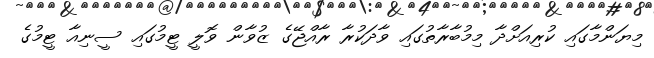
މިޔަންމާގައި ކުރިއަށްދާ މިމުބާރާތުގައި ވާދަކުރާ ރާއްޖޭގެ ޒުވާން ވޮލީ ޓީމުގައި ސީނިއާ ޓީމުގެ